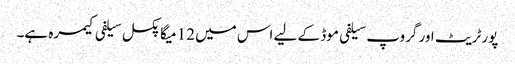
پورٹریٹ اور گروپ سیلفی موڈ کے لیے اس میں 12 میگا پکسل سیلفی کیمرہ ہے۔